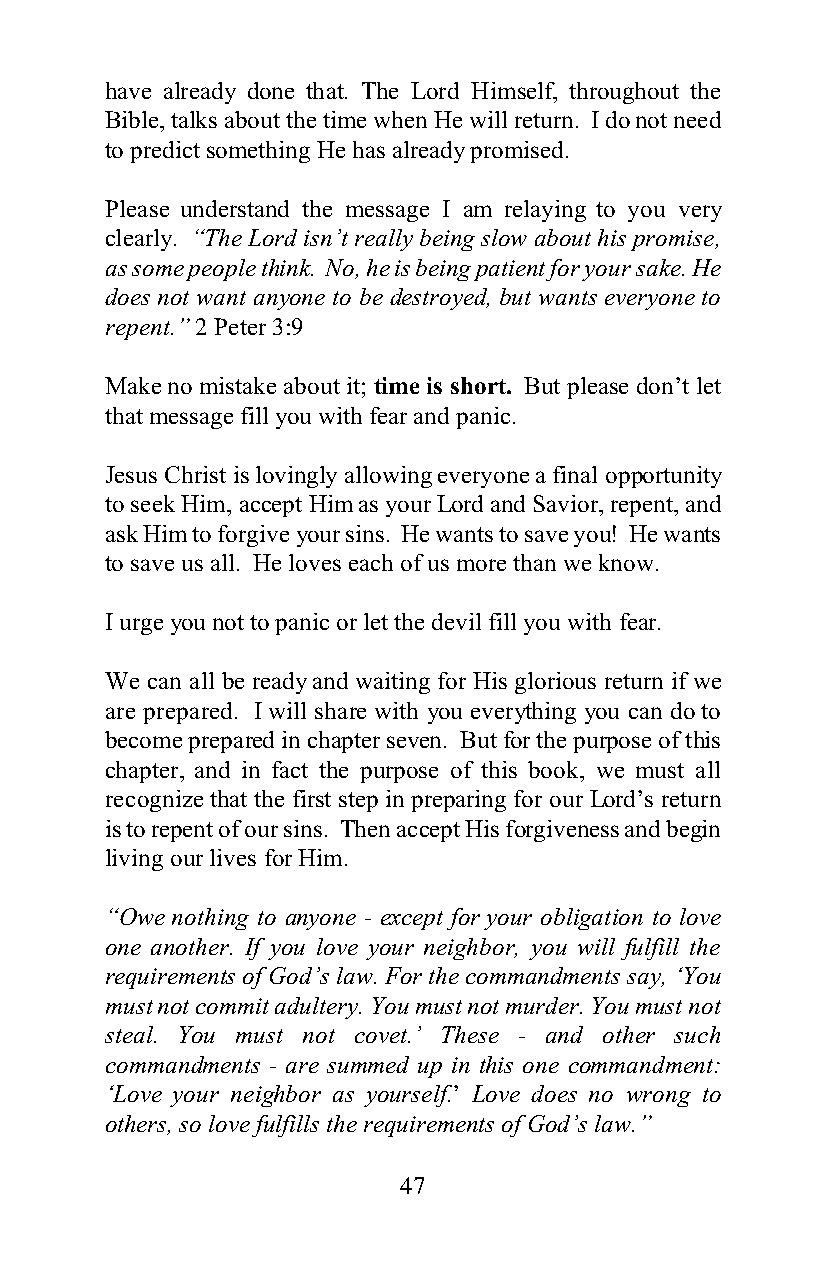
have already done that. The Lord Himself, throughout the
 Bible, talks about the time when He will return. I do not need
 to predict something He has already promised.
 Please understand the message I am relaying to you very
 clearly. “The Lord isn’t really being slow about his promise,
 as some people think. No, he is being patient for your sake. He
 does not want anyone to be destroyed, but wants everyone to
 repent.” 2 Peter 3:9
 Make no mistake about it; time is short. But please don’t let
 that message fill you with fear and panic.
 Jesus Christ is lovingly allowing everyone a final opportunity
 to seek Him, accept Him as your Lord and Savior, repent, and
 ask Him to forgive your sins. He wants to save you! He wants
 to save us all. He loves each of us more than we know.
 I urge you not to panic or let the devil fill you with fear.
 We can all be ready and waiting for His glorious return if we
 are prepared. I will share with you everything you can do to
 become prepared in chapter seven. But for the purpose of this
 chapter, and in fact the purpose of this book, we must all
 recognize that the first step in preparing for our Lord’s return
 is to repent of our sins. Then accept His forgiveness and begin
 living our lives for Him.
 “Owe nothing to anyone - except for your obligation to love
 one another. If you love your neighbor, you will fulfill the
 requirements of God’s law. For the commandments say, ‘You
 must not commit adultery. You must not murder. You must not
 steal. You must not covet.’ These - and other such
 commandments - are summed up in this one commandment:
 ‘Love your neighbor as yourself.’ Love does no wrong to
 others, so love fulfills the requirements of God’s law.”
 47